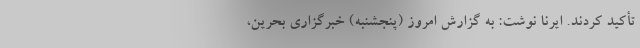
تأکید کردند. ایرنا نوشت: به گزارش امروز (پنجشنبه) خبرگزاری بحرین،